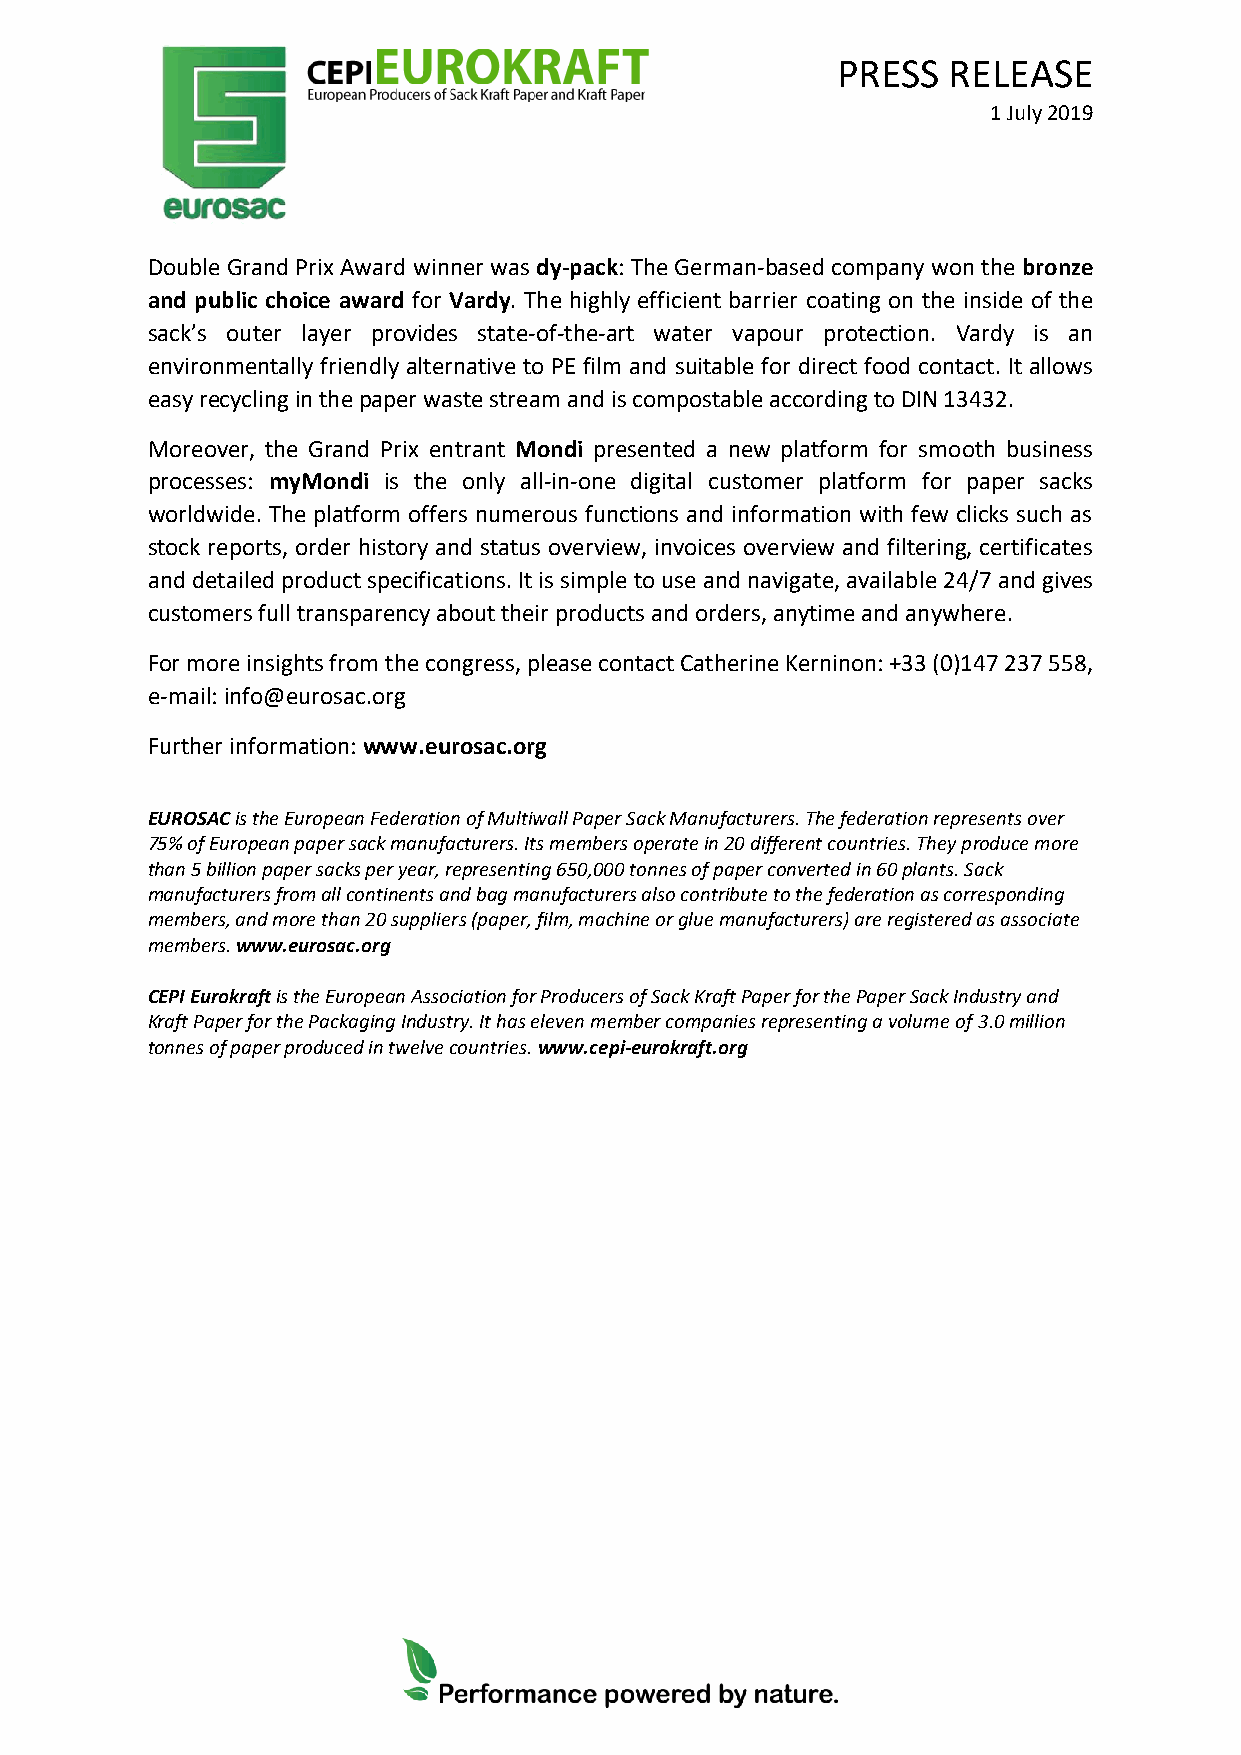
PRESS   RELEASE
 1 July 2019
 Double Grand Prix Award winner was dy-pack: The German-based company won the bronze
 and public choice award for Vardy. The highly efficient barrier coating on the inside of the
 sack’s outer layer provides state-of-the-art water vapour protection. Vardy is an
 environmentally friendly alternative to PE film and suitable for direct food contact. It allows
 easy recycling in the paper waste stream and is compostable according to DIN 13432.
 Moreover, the Grand Prix entrant Mondi presented a new platform for smooth business
 processes: myMondi is the only all-in-one digital customer platform for paper sacks
 worldwide. The platform offers numerous functions and information with few clicks such as
 stock reports, order history and status overview, invoices overview and filtering, certificates
 and detailed product specifications. It is simple to use and navigate, available 24/7 and gives
 customers full transparency about their products and orders, anytime and anywhere.
 For more insights from the congress, please contact Catherine Kerninon: +33 (0)147 237 558,
 e-mail: info@eurosac.org
 Further information: www.eurosac.org
 EUROSAC is the European Federation of Multiwall Paper Sack Manufacturers. The federation represents over
 75% of European paper sack manufacturers. Its members operate in 20 different countries. They produce more
 than 5 billion paper sacks per year, representing 650,000 tonnes of paper converted in 60 plants. Sack
 manufacturers from all continents and bag manufacturers also contribute to the federation as corresponding
 members, and more than 20 suppliers (paper, film, machine or glue manufacturers) are registered as associate
 members. www.eurosac.org
 CEPI Eurokraft is the European Association for Producers of Sack Kraft Paper for the Paper Sack Industry and
 Kraft Paper for the Packaging Industry. It has eleven member companies representing a volume of 3.0 million
 tonnes of paper produced in twelve countries. www.cepi-eurokraft.org